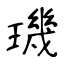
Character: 璣